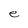
Character: e